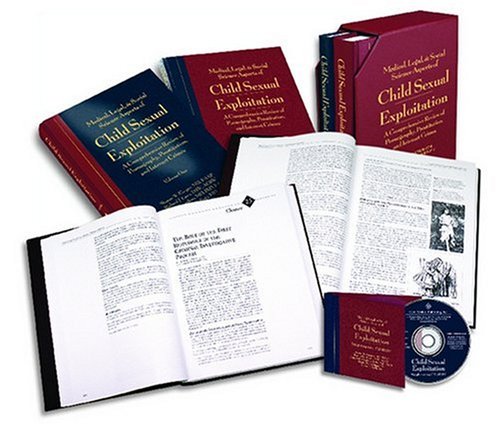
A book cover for Medical, Legal, & Social Science Aspects of Child Sexual Exploitation: 2-Volume Set with Supplementary CD-ROM; Sharon W. Cooper; Politics & Social Sciences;